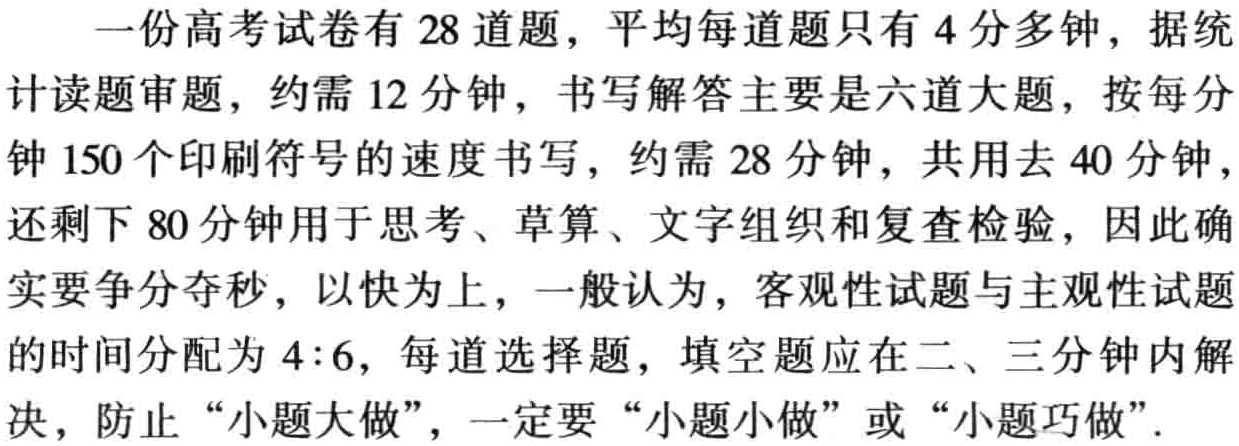
一份高考试卷有 28 道题，平均每道题只有 4 分多钟，据统计读题审题，约需 12 分钟，书写解答主要是六道大题，按每分钟 150 个印刷符号的速度书写，约需 28 分钟，共用去 40 分钟，还剩下 80 分钟用于思考、草算、文字组织和复查检验，因此确实要争分夺秒，以快为上，一般认为，客观性试题与主观性试题的时间分配为 4:6，每道选择题，填空题应在二、三分钟内解决，防止“小题大做”，一定要“小题小做”或“小题巧做”。